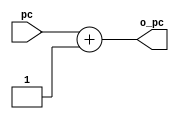
`timescale 1ns / 1ps
//////////////////////////////////////////////////////////////////////////////////
// Company: 
// Engineer: 
// 
// Design Name: 
// Module Name:    add_pc 
// Project Name: 
// Target Devices: 
// Tool versions: 
// Description: 
//
// Dependencies: 
//
// Revision: 
// Revision 0.01 - File Created
// Additional Comments: 
//
//////////////////////////////////////////////////////////////////////////////////
module add_pc(
	input wire [8:0] pc,
	output reg [8:0] o_pc
    );


always @(*)
begin 
	o_pc <= pc + 1; 
end

endmodule